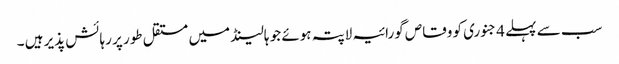
سب سے پہلے 4 جنوری کو وقاص گورائیہ لاپتہ ہوئے جو ہالینڈ میں مستقل طور پر رہائش پذیر ہیں ۔